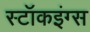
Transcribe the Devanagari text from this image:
स्टॉकइंग्स